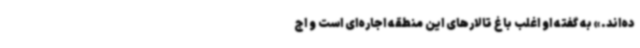
ده‌اند.» به گفته او اغلب باغ تالارهای این منطقه اجاره‌ای است و اج